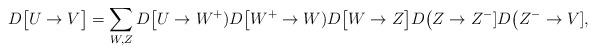
LaTeX: \begin{align*}D\big[U\to V\big] = \sum_{W,Z} D\big[U\to W^+)D\big[W^+\to W) D\big[W\to Z\big] D\big(Z\to Z^-] D\big(Z^-\to V],\end{align*}